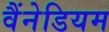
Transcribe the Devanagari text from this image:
वैंनेडियम